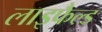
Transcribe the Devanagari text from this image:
लाइफैल्ड